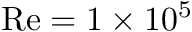
\mathrm { { R e } } = 1 \times 1 0 ^ { 5 }